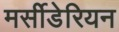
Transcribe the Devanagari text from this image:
मर्सीडेरियन